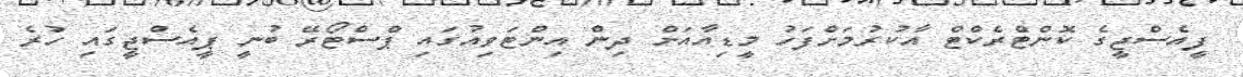
ފީއެސްޖީގެ ކޮންޓްރެކްޓް އާކުރުމަށްފަހު މީޑިއާއަށް ދިން އިންޓަވިއުގައި ޕްސްޓޯރޭ ބުނީ ޕީއެސްޖީގައި ހުރެ